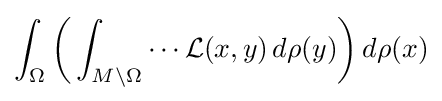
\int _{\Omega }{\bigg (}\int _{M\setminus \Omega }\cdots {\mathcal {L}}(x,y)\,d\rho (y){\bigg )}\,d\rho (x)